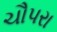
ચૌપરા